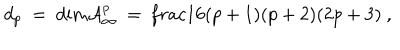
LaTeX: d _ { p } \ = \ \mathrm { d i m } { \cal A } _ { \infty } ^ { p } \ = \, \frac { 1 } { 6 } ( p + 1 ) ( p + 2 ) ( 2 p + 3 ) \ ,